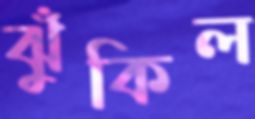
ঝুঁকিল